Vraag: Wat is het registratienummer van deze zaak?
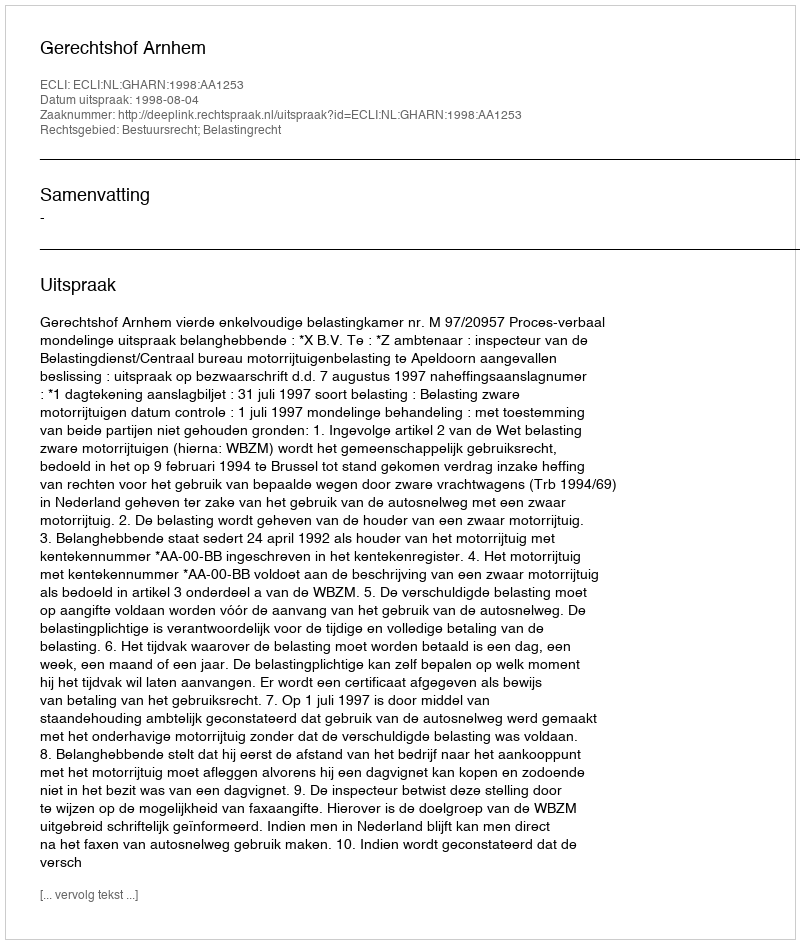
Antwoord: http://deeplink.rechtspraak.nl/uitspraak?id=ECLI:NL:GHARN:1998:AA1253